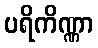
ပရိကိဏ္ဏာ